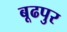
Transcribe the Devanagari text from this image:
बूढपुर